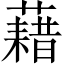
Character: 藉